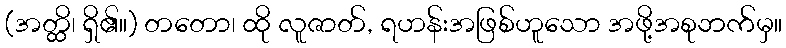
(အတ္ထိ၊ ရှိ၏။) တတော၊ ထို လူဇာတ်, ရဟန်းအဖြစ်ဟူသော အဖို့အစုဘက်မှ။